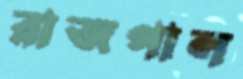
রাজপাল